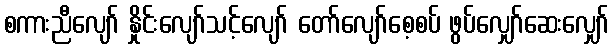
စကားညီလျော် နှိုင်းလျော်သင့်လျော် တော်လျော်စေ့စပ် ဖွပ်လျှော်ဆေးလျှော်